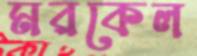
মরকেল